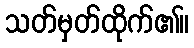
သတ်မှတ်ထိုက်၏။